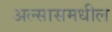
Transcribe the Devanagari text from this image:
अल्सासमधील